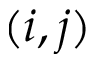
( i , j )